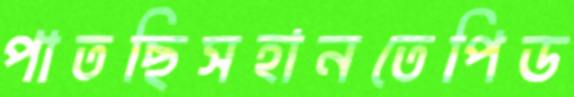
পাতছিসহানতেপিড